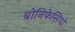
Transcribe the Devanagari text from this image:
बोनिफेसियो